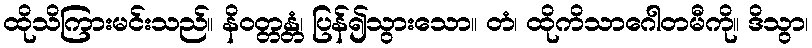
ထိုသိကြားမင်းသည်။ နိဝတ္တန္တံ၊ ပြန်၍သွားသော။ တံ၊ ထိုကိသာဂေါတမီကို။ ဒိသွာ၊